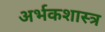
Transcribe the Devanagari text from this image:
अर्भकशास्त्र